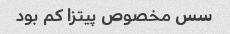
سس مخصوص پیتزا کم بود